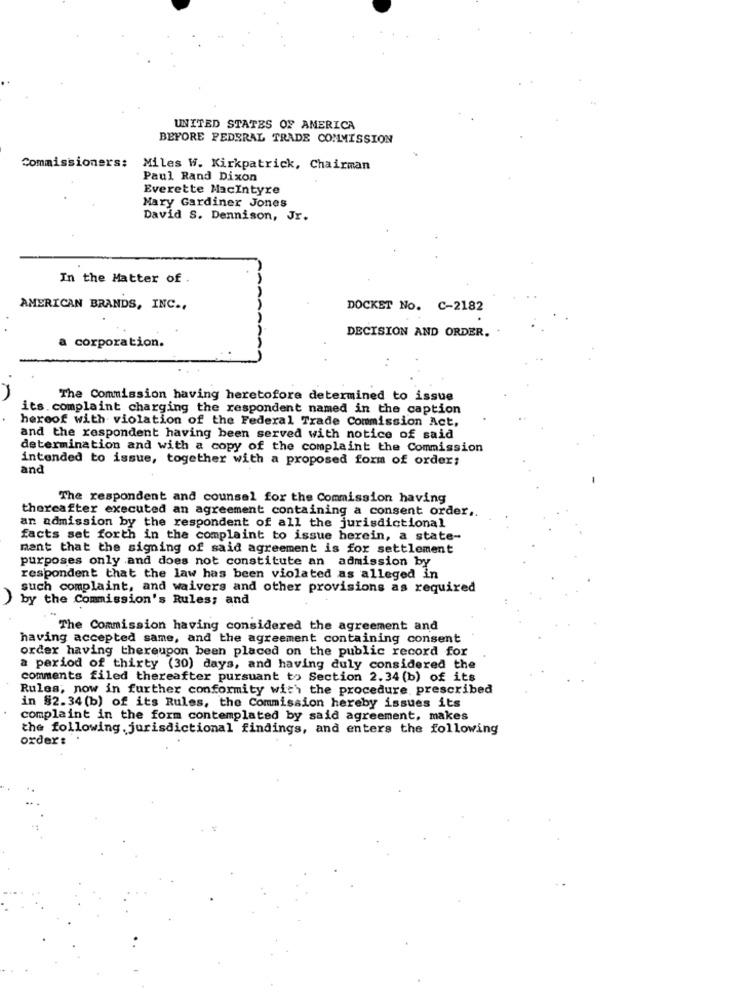
UNITED STATES OF AMERICA
BEFORE FEDERAL TRADE COMMISSION
Commissioners: Miles W. Kirkpatrick, Chairman
Paul Rand Dixon
Everette MacIntyre
Mary Gardiner Jones
David S. Dennison, Jr.
In the Matter of .
AMERICAN BRANDS, INC .,
DOCKET No. C-2182
DECISION AND ORDER.
a corporation.
The Commission having heretofore determined to issue
its. complaint charging the respondent named in the caption
hereof with violation of the Federal Trade Commission Act,
and the respondent having been served with notice of said
determination and with a copy of the complaint the Commission
intended to issue, together with a proposed form of order;
and
The respondent and counsel for the Commission having
thereafter executed an agreement containing a consent order ..
an admission by the respondent of all the jurisdictional
facts set forth in the complaint to issue herein, a state-
ment that the signing of said agreement is for settlement
purposes only and does not constitute an admission by
respondent that the law has been violated as alleged in
such complaint, and waivers and other provisions as required
by the Commission's Rules; and
The Commission having considered the agreement and
having accepted same, and the agreement containing consent
order having thereupon been placed on the public record for
a period of thirty (30) days, and having duly considered the
comments filed thereafter pursuant to Section 2.34 (b) of its
Rules; now in further conformity with the procedure prescribed
in §2.34(b) of its Rules, the Commission hereby issues its
complaint in the form contemplated by said agreement, makes
the following jurisdictional findings, and enters the following
order: